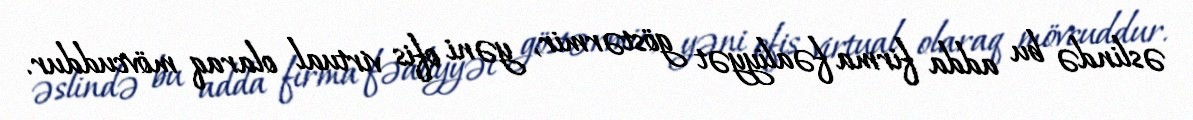
əslində bu adda firma fəaliyyət göstərmir, yəni ofis virtual olaraq mövcuddur.